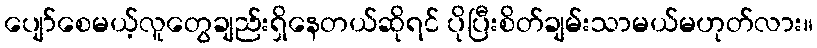
ပျော်စေမယ့်လူတွေချည်းရှိနေတယ်ဆိုရင် ပိုပြီးစိတ်ချမ်းသာမယ်မဟုတ်လား။